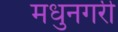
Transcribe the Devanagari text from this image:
मधुनगरी